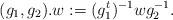
LaTeX: \begin{align*}(g_1,g_2). w:=(g_1^t)^{-1}wg_2^{-1}.\end{align*}